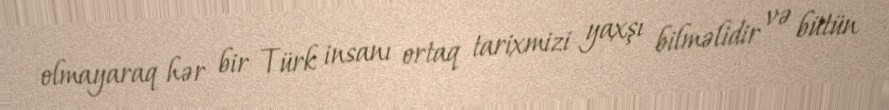
olmayaraq hər bir Türk insanı ortaq tarixmizi yaxşı bilməlidir və bütün